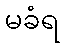
မခံရ